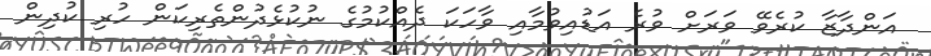
އަންދާޒާ ކުރެވޭ ވަރަށް ވުރެ އަޑުއިވުމާއި ވާހަކަ ދެއްކުމުގެ ނުކުޅެދުންތެރިކަން ހުރި ކުދިން